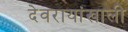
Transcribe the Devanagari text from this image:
देवरायांखाली